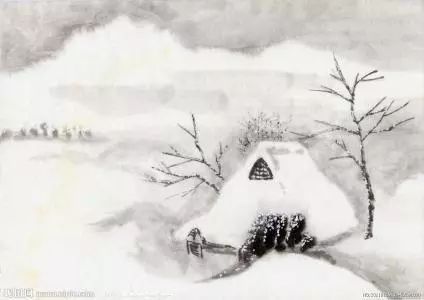
白日不到处，青春恰自来。